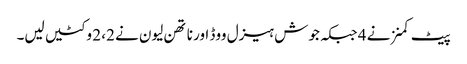
پیٹ کمنز نے 4 جبکہ جوش ہیزل ووڈ اور ناتھن لیون نے 2، 2 وکٹیں لیں۔